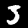
Digit: 3